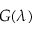
G ( \lambda )